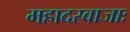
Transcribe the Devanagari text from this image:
महादरवाजाः